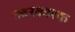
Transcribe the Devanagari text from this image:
ज्‍वरकारक